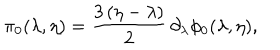
\pi _ { 0 } ( \lambda , \eta ) = { \frac { 3 \, ( \eta - \lambda ) } { 2 } } \, \partial _ { \lambda } \phi _ { 0 } ( \lambda , \eta ) ,